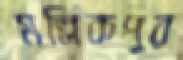
মল্লিকপুর